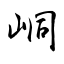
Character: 峒